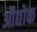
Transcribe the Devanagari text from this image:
औद्योक